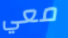
معي